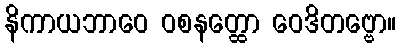
နိကာယဘာဝေ ဝစနတ္ထော ဝေဒိတဗ္ဗော။